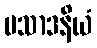
ပသာဒနိယံ